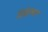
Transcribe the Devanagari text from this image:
डिफ्रेक्शन